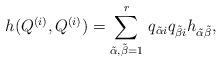
LaTeX: \begin{align*} h(Q^{(i)}, Q^{(i)}) = \sum_{\tilde{\alpha}, \tilde{\beta}=1}^r \,q_{\tilde{\alpha}i} q_{\tilde{\beta}i } h_{\tilde{\alpha}\tilde{\beta}},\end{align*}